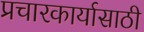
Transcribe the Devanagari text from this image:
प्रचारकार्यासाठी